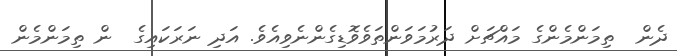
ދެން  ތިމަންމެންގެ މައްޗަށް ދަރުމަވަންތަވެވޮޑިގެންނެވިއެވެ. އަދި ނަރަކައިގެ  ން ތިމަންމެން